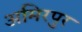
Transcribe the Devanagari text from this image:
अमिरपुर